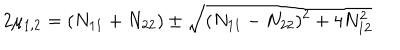
LaTeX: 2 \mu _ { 1 , 2 } = ( N _ { 1 1 } + N _ { 2 2 } ) \pm \sqrt { ( N _ { 1 1 } - N _ { 2 2 } ) ^ { 2 } + 4 N _ { 1 2 } ^ { 2 } }